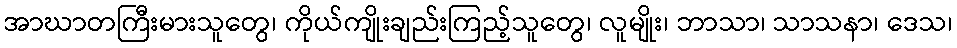
အာဃာတကြီးမားသူတွေ၊ ကိုယ်ကျိုးချည်းကြည့်သူတွေ၊ လူမျိုး၊ ဘာသာ၊ သာသနာ၊ ဒေသ၊